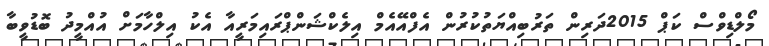
މޯލްޑިވްސް ކަޕް 2015ދަރިން ތަރުބިއްޔަތުކުރުން އެފްއޭއެމް އިލެކްޝަންޕްރައިމަރީއާ އެކު އިލްހާމަށް އުއްމީދު ބޮޑުވީބާ